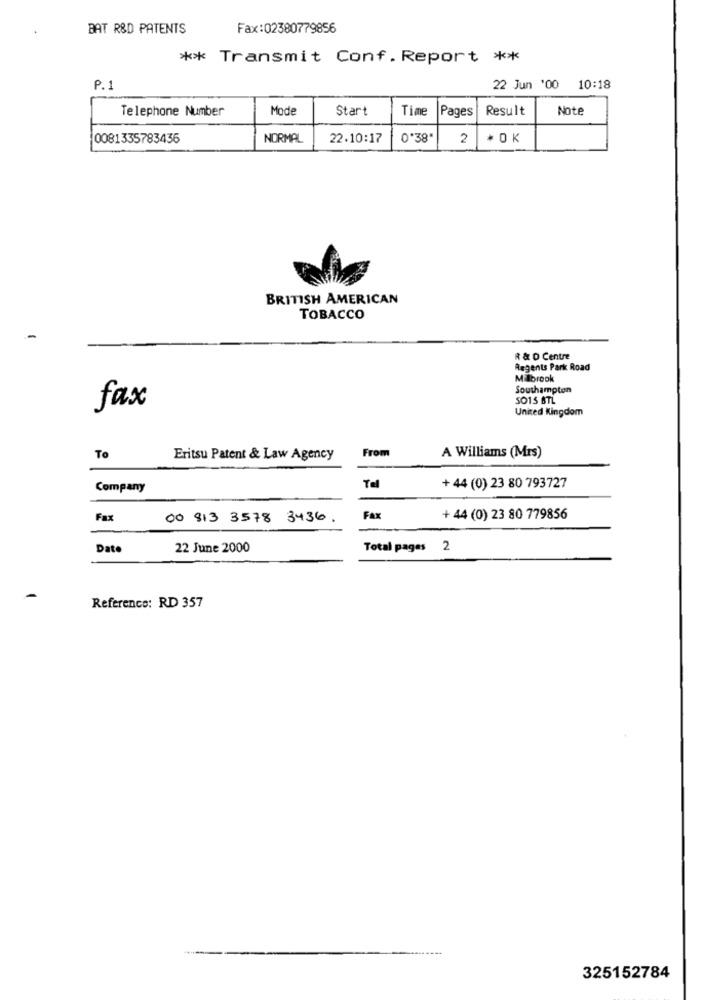
BAT R&D PATENTS
Fax:02380779856
** Transmit Conf. Report **
P.1
22 Jun '00 10:18
Telephone Number
Mode
Start
Time
Pages
Result
Note
0081335783436
NORMAL
22.10:17
0'38"
2
* 0 K
BRITISH AMERICAN
TOBACCO
R & D Centre
Regents Park Road
Millbrook
Southampton
SO15 BTL
fax
United Kingdom
To
Eritsu Patent & Law Agency
From
A Williams (Mrs)
Company
Te
+ 44 (0) 23 80 793727
Fax
00 813 3578 3436.
Fax
+ 44 (0) 23 80 779856
Dato
22 June 2000
Total pages 2
Reference: RD 357
325152784